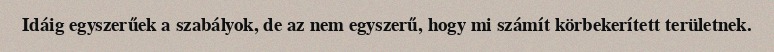
Idáig egyszerűek a szabályok, de az nem egyszerű, hogy mi számít körbekerített területnek.